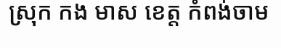
ស្រុក កង មាស ខេត្ត កំពង់ចាម